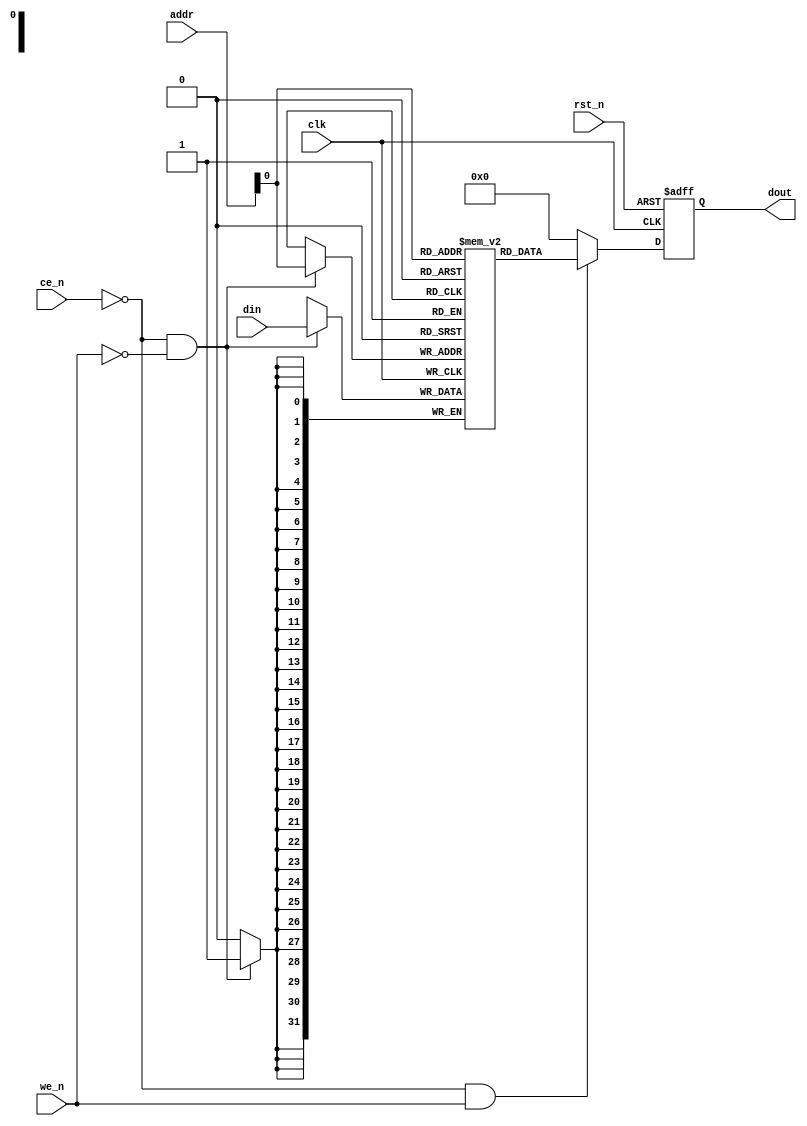
`timescale 1ns/1ps

module sram1p
    #(
    parameter   SRAM_SIZE         = 2,
    parameter   ADDR_WIDTH        = 8,
    parameter   DATA_WIDTH        = 32
    )(
    input       [ADDR_WIDTH-1:0]  addr,
    input                         we_n,
    input                         ce_n,
    input       [DATA_WIDTH-1:0]  din,
    output reg  [DATA_WIDTH-1:0]  dout,
    
    input                         clk,
    input                         rst_n
    );
    //
    // declare whole signals
    //
    reg         [DATA_WIDTH-1:0]  memory [0:SRAM_SIZE-1];
    wire                          read;
    wire                          write;
    
    //
    //
    //
    assign   write = (~ce_n & ~we_n);
    assign   read  = (~ce_n &  we_n);
    
    //
    //
    //
    always@(posedge clk) begin
       if(write) memory[addr] <= din;
    end
    always@(posedge clk or negedge rst_n) begin
       if(~rst_n) dout <= {{DATA_WIDTH{1'b0}}};
       else if(read) dout <= memory[addr];
       else dout <= {{DATA_WIDTH{1'b0}}};
    end
    
    //
    //
    //
    // function integer clog2;
    //    input integer value;
    //    begin
    //       value = value - 1;
    //       for(clog2=0; value>0; clog2=clog2+1) begin
    //          value = value >> 1;
    //       end
    //    end
    // endfunction
    endmodule